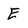
Character: E